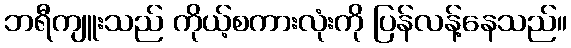
ဘရီကျူးသည် ကိုယ့်စကားလုံးကို ပြန်လန့်နေသည်။